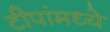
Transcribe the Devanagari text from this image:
टीपांमध्ये